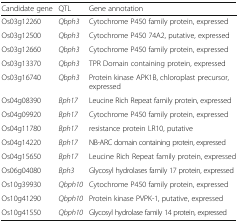
<table><thead><tr><td><b>Candidate gene</b></td><td><b>QTL</b></td><td><b>Gene annotation</b></td></tr></thead><tbody><tr><td>Os03g12260</td><td><i>Qbph3</i></td><td>Cytochrome P450 family protein, expressed</td></tr><tr><td>Os03g12500</td><td><i>Qbph3</i></td><td>Cytochrome P450 74A2, putative, expressed</td></tr><tr><td>Os03g12660</td><td><i>Qbph3</i></td><td>Cytochrome P450 family protein, expressed</td></tr><tr><td>Os03g13370</td><td><i>Qbph3</i></td><td>TPR Domain containing protein, expressed</td></tr><tr><td>Os03g16740</td><td><i>Qbph3</i></td><td>Protein kinase APK1B, chloroplast precursor, expressed</td></tr><tr><td>Os04g08390</td><td><i>Bph17</i></td><td>Leucine Rich Repeat family protein, expressed</td></tr><tr><td>Os04g09920</td><td><i>Bph17</i></td><td>Cytochrome P450 family protein, expressed</td></tr><tr><td>Os04g11780</td><td><i>Bph17</i></td><td>resistance protein LR10, putative</td></tr><tr><td>Os04g14220</td><td><i>Bph17</i></td><td>NB-ARC domain containing protein, expressed</td></tr><tr><td>Os04g15650</td><td><i>Bph17</i></td><td>Leucine Rich Repeat family protein, expressed</td></tr><tr><td>Os06g04080</td><td><i>Bph3</i></td><td>Glycosyl hydrolases family 17 protein, expressed</td></tr><tr><td>Os10g39930</td><td><i>Qbph10</i></td><td>Cytochrome P450 family protein, expressed</td></tr><tr><td>Os10g41290</td><td><i>Qbph10</i></td><td>Protein kinase PVPK-1, putative, expressed</td></tr><tr><td>Os10g41550</td><td><i>Qbph10</i></td><td>Glycosyl hydrolase family 14 protein, expressed</td></tr></tbody></table>